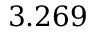
3 . 2 6 9